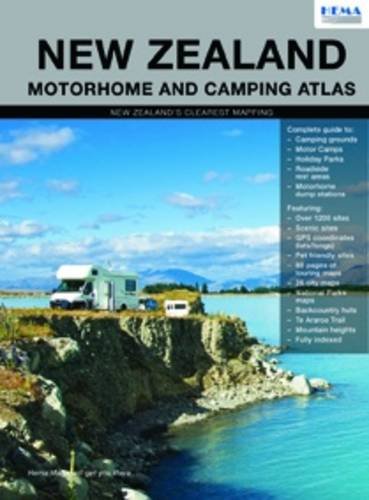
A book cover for New Zealand Motorhome and Camping Atlas; Hema Maps; Travel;